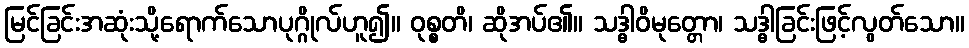
မြင်ခြင်းအဆုံးသို့ရောက်သောပုဂ္ဂိုလ်ဟူ၍။ ဝုစ္စတိ၊ ဆိုအပ်၏။ သဒ္ဓါဝိမုတ္တော၊ သဒ္ဓါခြင်းဖြင့်လွတ်သော။